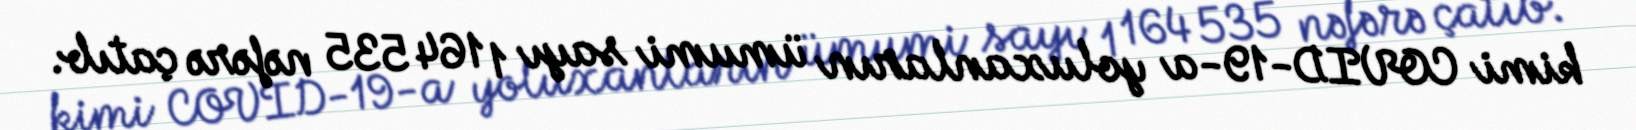
kimi COVID-19-a yoluxanların ümumi sayı 1 164 535 nəfərə çatıb.